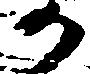
か